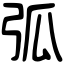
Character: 弧